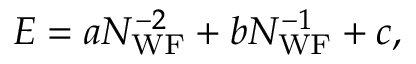
E = a N _ { \mathrm { W F } } ^ { - 2 } + b N _ { \mathrm { W F } } ^ { - 1 } + c ,